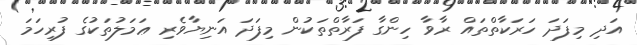
އަދި މިފަދަ ހަރަކާތްތައް ރާވާ ހިންގާ ފަރާތްތަކުން މިފަދަ އަނިޔާވެރި ޢަމަލުތަކުގެ ފުރިހަމަ